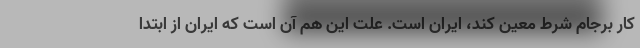
کار برجام شرط معین کند، ایران است. علت این هم آن است که ایران از ابتدا